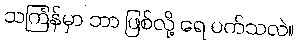
သင်္ကြန်မှာ ဘာ ဖြစ်လို့ ရေ ပက်သလဲ။